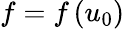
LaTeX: f=f\left(u_{0}\right)